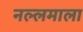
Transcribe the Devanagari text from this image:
नल्लमाला